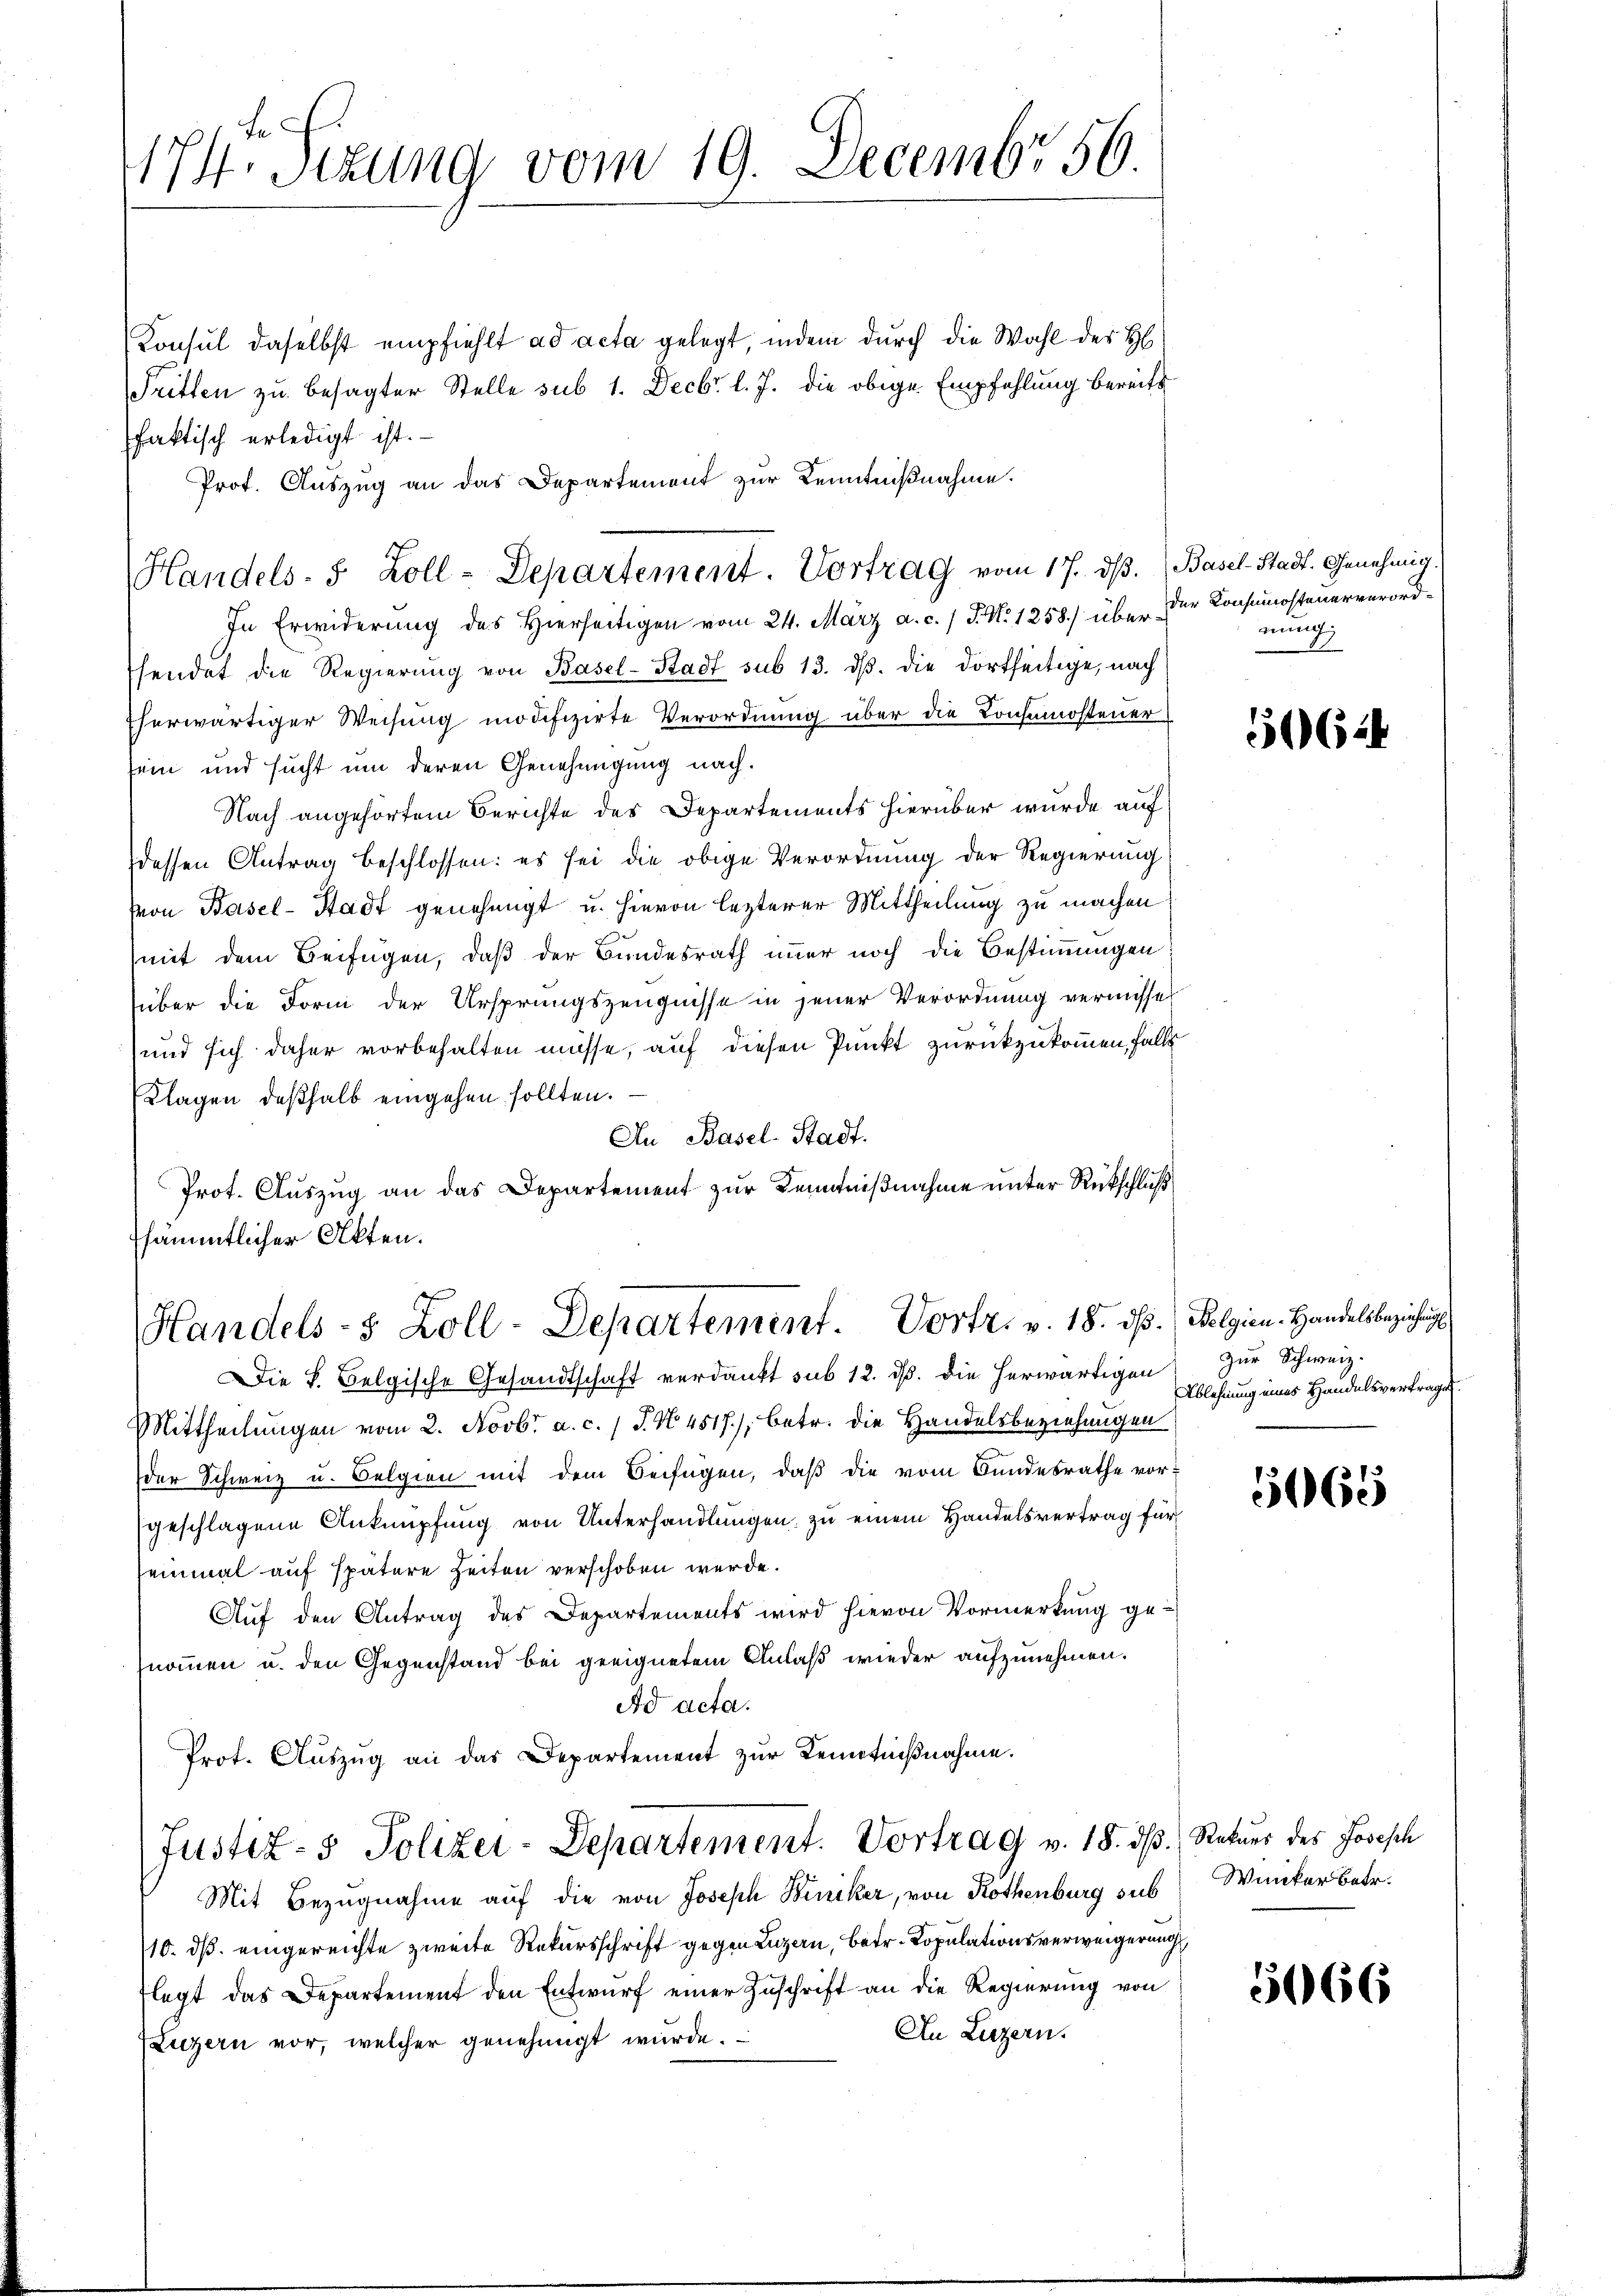
171 Sizung vom 19. Decembr 56.

Konsul daselbst empfiehlt ad acta gelegt, indem durch die Wahl des H
Tritten zu besagter Stelle sub 1. Decbr. l. J. die obige Empfehlung bereits
faktisch erledigt ist.
Prof. Auszug an das Departement zur Kenntnißnahme.
In Erwiderung des Hierseitigen vom 24. März a. c. 1 S. N. 1258.) über der Konsumsteuerverordsendet die Regierung von Basel-Stadt sub 13. dβ. die dortseitige, nach
fherwärtiger Weisung modifizirte Verordnung über die Konsumosteuer
sein und sucht um deren Genehmigung nach.
Nach angehörtem Berichte des Departements hierüber wurde auf
dessen Antrag beschlossen: es sei die obige Verordnung der Regierung
Von Basel-Stadt genehmigt u. hievon lezterer Mittheilung zu machen
mit dem Beifügen, daß der Bundesrath immer noch die Bestimmungen
über die Form der Ursprungszeugnisse in jener Verordnung vermisse
und sich daher vorbehalten müsse, auf diesen Punkt zurückzukommen, falls
Klagen deßhalb eingehen sollten.
An Basel-Stadt.
Prot. Auszug an das Departement zur Kenntnißnahme unter Rückschluß
sämmtlicher Akten.

Handels- 5 Zoll-Departement. Vortrag vom 17. ds. Basel-Stadt. Genehmig¬

Handels- & Zoll-Departement. Vortr. v. 18. ds. (Polgien. Handelsbeziehung

Die L. Belgische Gesandtschaft verdankt sub 12. ds. die herwärtigen
Mittheilungen vom 2. Novbr. a. c. 1 S. No. 4517), betr. die Handelsbeziehungen
der Schweiz u. Belgien mit dem Beifügen, daβ die vom Bundesrathe vor-
geschlagene Anknüpfung von Unterhandlungen, zu einem Handelsvertrag für
einmal auf spätere Zeiten verschoben werde.
Auf den Antrag des Departements wird hievon Vormerkung genommen u. den Gegenstand bei geeignetem Anlaß wieder aufzunehmen.
Ad acta.
Prot. Aŭszŭg an das Departement zŭr Kenntniβnahme.
Justiz- & Polizei-Departement. Vortrag v. 18. ds. Naturs des Josesch
Mit Bezugnahme auf die von Joseph Biniker, von Köthenburg aus Winter betr.
10. ds eingereichte zweite Rekursschrift gegen Luzern, betr. Copulationsverweigerung
flegt das Departement den Entwurf einer Zuschrift an die Regierung von
An Luzern.
Luzern vor, welcher genehmigt wurde.

nung

5624

zur Schweiz.
Ablehnung eines Handelsvertragen.

506

5066